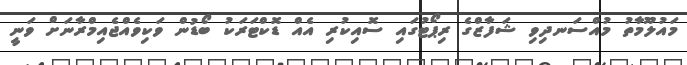
މައުލޫމާތު މުއްސަނދިވި ޝަފާޒްގެ ރިޕޯޓުގައި ސޮއިކުރި އެއް ޑޮކްޓަރަކު ބޯޑުން ވަކިވެއްޖެއިމްރާނަށް ވަނީ